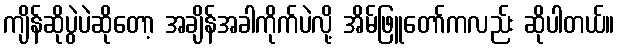
ကျိန်ဆိုပွဲပဲဆိုတော့ အချိန်အခါကိုက်ပဲလို့ အိမ်ဖြူတော်ကလည်း ဆိုပါတယ်။